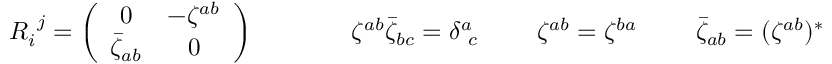
\begin{array} { c c c c } { { R _ { i } ^ { ~ j } = \left( \begin{array} { c c } { { 0 } } & { { - \zeta ^ { a b } } } \\ { { \bar { \zeta } _ { a b } } } & { { 0 } } \end{array} \right) ~ ~ ~ ~ } } & { { ~ ~ ~ ~ ~ \zeta ^ { a b } \bar { \zeta } _ { b c } = \delta _ { ~ c } ^ { a } ~ ~ } } & { { ~ ~ \zeta ^ { a b } = \zeta ^ { b a } ~ ~ } } & { { ~ ~ \bar { \zeta } _ { a b } = ( \zeta ^ { a b } ) ^ { \ast } } } \end{array}